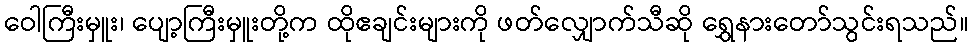
ဝေါကြီးမှူး၊ ပျော့ကြီးမှူးတို့က ထိုဧချင်းများကို ဖတ်လျှောက်သီဆို ရွှေနားတော်သွင်းရသည်။